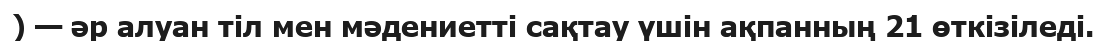
) — әр алуан тіл мен мәдениетті сақтау үшін ақпанның 21 өткізіледі.